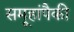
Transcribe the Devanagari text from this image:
समूहांपैकी